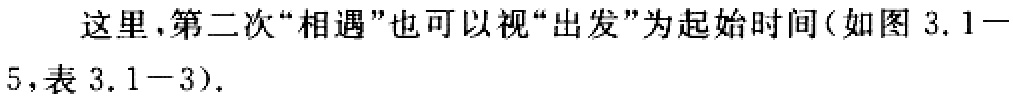
这里,第二次“相遇”也可以视“出发”为起始时间(如图 3.1—5,表 3.1—3).